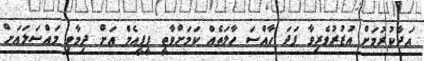
އަދާކުރުމަށް އުޒުރުވެރިވާ ފަދަ ހާއްސަ ހާލަތެއް ކަމަށްވާތީ ޕީޕީއެމް އަށް ދިމާވި މައްސަލައަށް